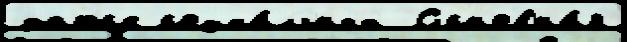
датск социа́льных  Основна́я